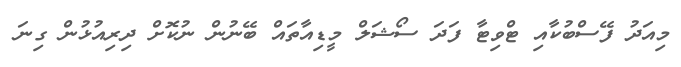
މިއަދު ފޭސްބުކާއި ޓްވިޓާ ފަދަ ސޯޝަލް މީޑިއާތައް ބޭނުން ނުކޮށް ދިރިއުޅުން ގިނަ